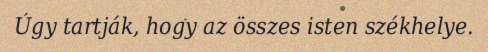
Úgy tartják, hogy az összes isten székhelye.